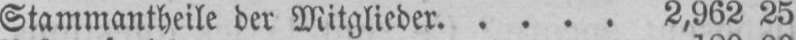
Stammantheile der Mitglieder . . . . . 2,962 25